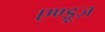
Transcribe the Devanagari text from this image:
एण्ड्रूज़